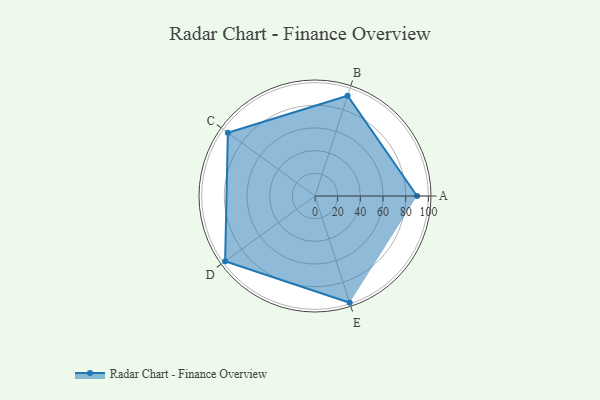
{"axis": {"x": "Skill", "y": "Score"}, "legend": ["Profile"], "data": [{"x": "A", "y": 90.0, "type": "Profile"}, {"x": "B", "y": 93.0, "type": "Profile"}, {"x": "C", "y": 95.0, "type": "Profile"}, {"x": "D", "y": 98.0, "type": "Profile"}, {"x": "E", "y": 99.0, "type": "Profile"}]}